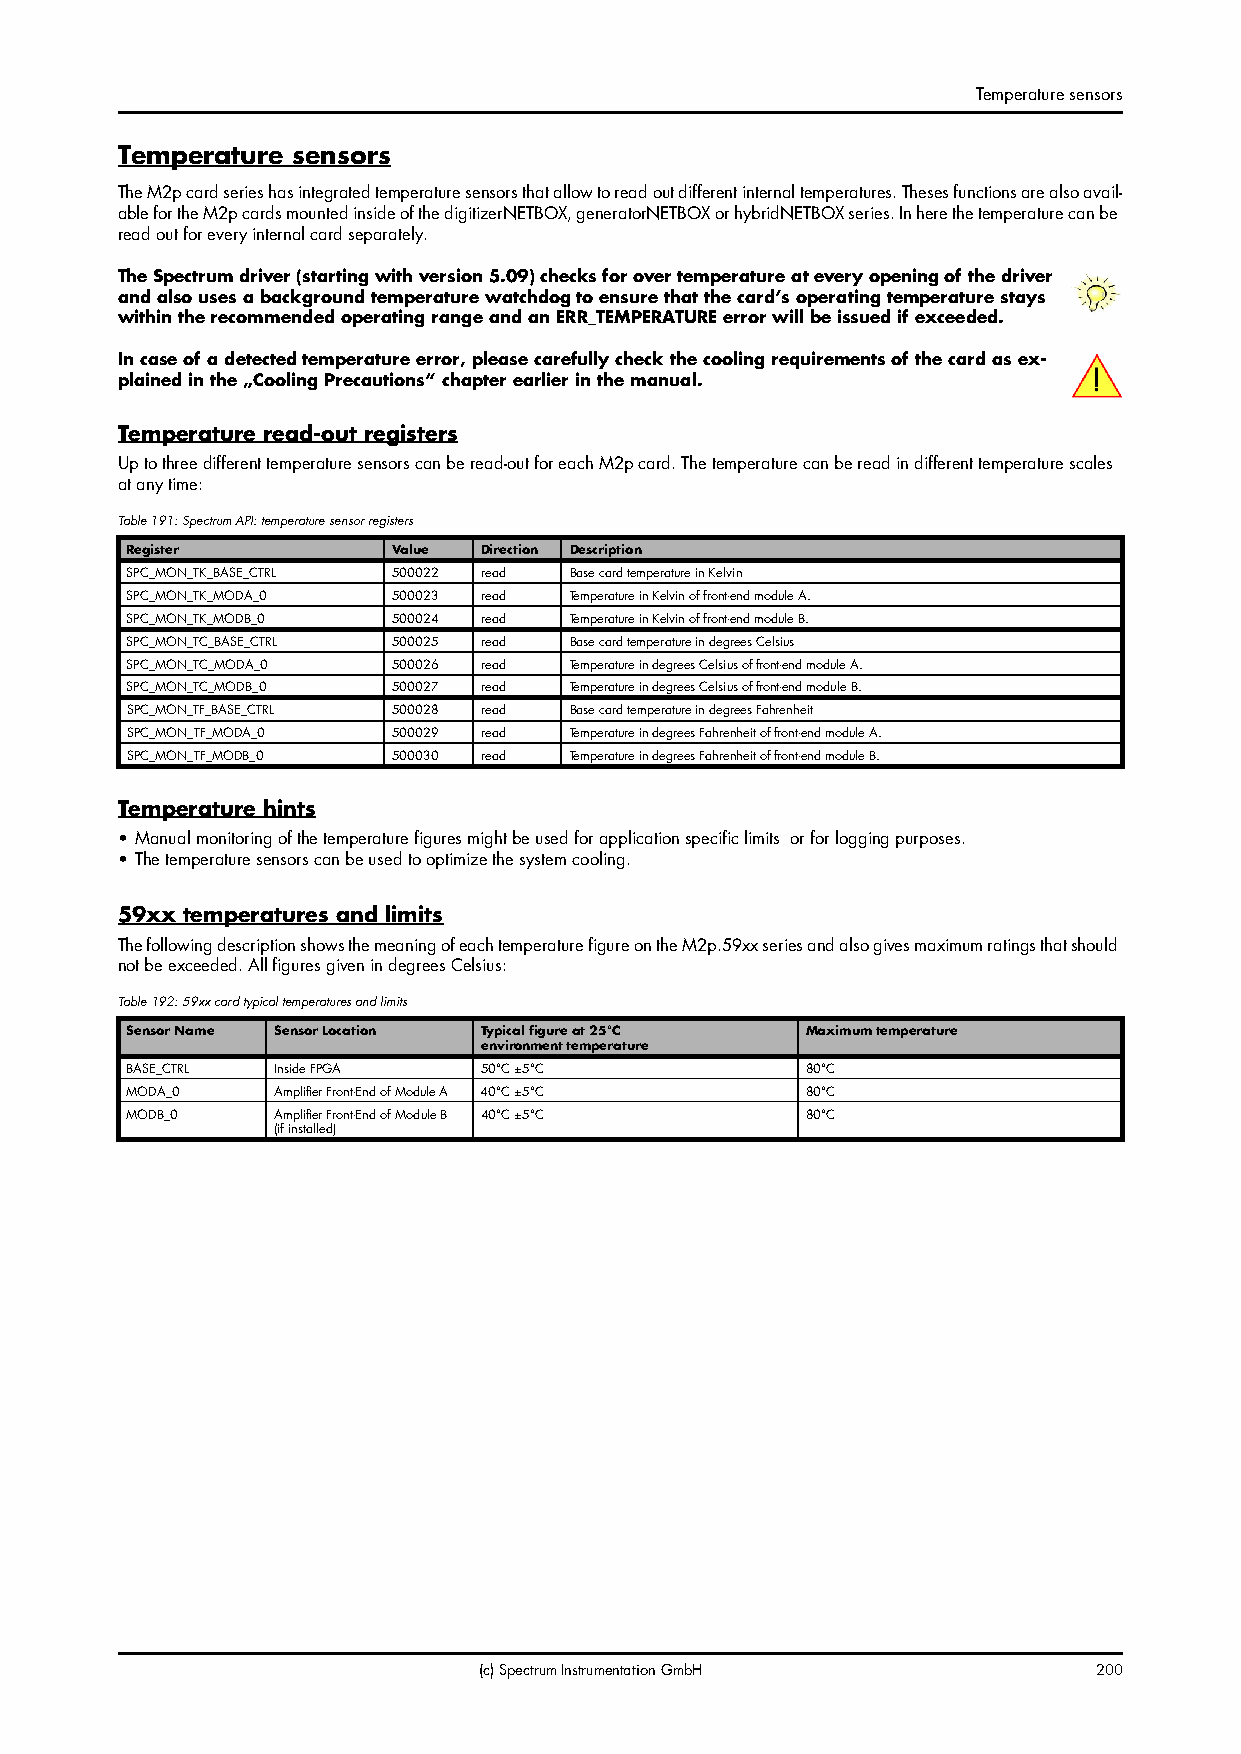
Temperature sensors
 Temperature sensors
 The M2p card series has integrated temperature sensors that allow to read out different internal temperatures. Theses functions are also avail-
 able for the M2p cards mounted inside of the digitizerNETBOX, generatorNETBOX or hybridNETBOX series. In here the temperature can be
 read out for every internal card separately.
 The Spectrum driver (starting with version 5.09) checks for over temperature at every opening of the driver
 and also uses a background temperature watchdog to ensure that the card’s operating temperature stays
 within the recommended operating range and an ERR_TEMPERATURE error will be issued if exceeded.
 In case of a detected temperature error, please carefully check the cooling requirements of the card as ex-
 plained in the „Cooling Precautions“ chapter earlier in the manual.
 Temperature read-out registers
 Up to three different temperature sensors can be read-out for each M2p card. The temperature can be read in different temperature scales
 at any time:
 Table 191: Spectrum API: temperature sensor registers
 Register          Value Direction Description
 SPC_MON_TK_BASE_CTRL 500022 read Base card temperature in Kelvin
 SPC_MON_TK_MODA_0 500023 read Temperature in Kelvin of front-end module A.
 SPC_MON_TK_MODB_0 500024 read Temperature in Kelvin of front-end module B.
 SPC_MON_TC_BASE_CTRL 500025 read Base card temperature in degrees Celsius
 SPC_MON_TC_MODA_0 500026 read Temperature in degrees Celsius of front-end module A.
 SPC_MON_TC_MODB_0 500027 read Temperature in degrees Celsius of front-end module B.
 SPC_MON_TF_BASE_CTRL 500028 read Base card temperature in degrees Fahrenheit
 SPC_MON_TF_MODA_0 500029 read Temperature in degrees Fahrenheit of front-end module A.
 SPC_MON_TF_MODB_0 500030 read Temperature in degrees Fahrenheit of front-end module B.
 Temperature hints
 • Manual monitoring of the temperature figures might be used for application specific limits or for logging purposes.
 • The temperature sensors can be used to optimize the system cooling.
 59xx temperatures and limits
 The following description shows the meaning of each temperature figure on the M2p.59xx series and also gives maximum ratings that should
 not be exceeded. All figures given in degrees Celsius:
 Table 192: 59xx card typical temperatures and limits
 Sensor Name Sensor Location Typical figure at 25°C Maximum temperature
 environment temperature
 BASE_CTRL Inside FPGA   50°C ±5°C            80°C
 MODA_0    Amplifier Front-End of Module A 40°C ±5°C 80°C
 MODB_0    Amplifier Front-End of Module B 40°C ±5°C 80°C
 (if installed)
 (c) Spectrum Instrumentation GmbH       200